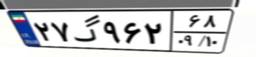
۲۷گ۹۶۲۶۸